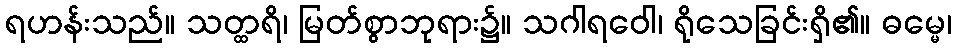
ရဟန်းသည်။ သတ္ထရိ၊ မြတ်စွာဘုရား၌။ သဂါရဝေါ၊ ရိုသေခြင်းရှိ၏။ ဓမ္မေ၊